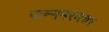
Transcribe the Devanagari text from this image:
जन्ममरणरुप